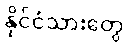
နိုင်ငံသားတွေ